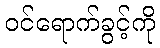
ဝင်ရောက်ခွင့်ကို